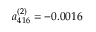
a _ { 4 1 6 } ^ { ( 2 ) } = - 0 . 0 0 1 6